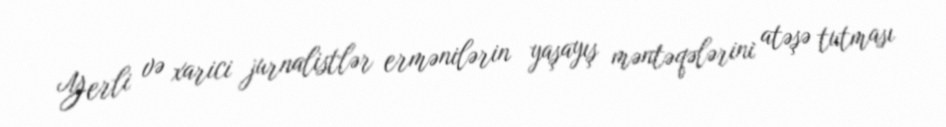
Yerli və xarici jurnalistlər ermənilərin yaşayış məntəqələrini atəşə tutması